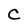
Character: C